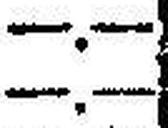
—.—